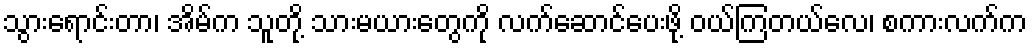
သွားရောင်းတာ၊ အိမ်က သူတို့ သားမယားတွေကို လက်ဆောင်ပေးဖို့ ဝယ်ကြတယ်လေ၊ စကားလက်က